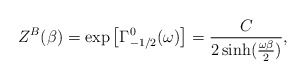
\begin{align*}Z^{B}(\beta) = \exp\left[\Gamma_{-1/2}^{0}(\omega)\right]= {C\over 2 \sinh ({\omega\beta\over2})},\end{align*}